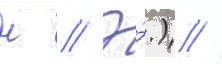
н // Э́.) //